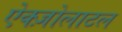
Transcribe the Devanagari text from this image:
ऐक्ज़ोलाटल